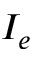
I _ { e }